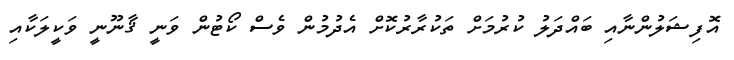
އޮފިޝަލުންނާއި ބައްދަލު ކުރުމަށް ތަކުރާރުކޮށް އެދުމުން ވެސް ކޯޓުން ވަނީ ޤާނޫނީ ވަކީލަކާއި